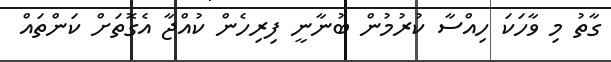
ގާތު މި ވާހަކަ ހިއްސާ ކުރުމުން ބުނާނީ ފިރިހެން ކުއްޖާ އެގޮތަށް ކަންތައް